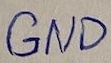
Text: GND